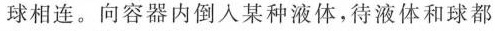
球相连。向容器内倒入某种液体，待液体和球都